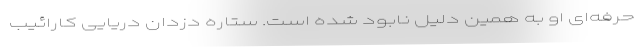
حرفه‌ای او به همین دلیل نابود شده است. ستاره دزدان دریایی کارائیب